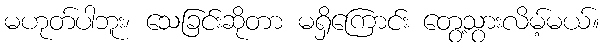
မဟုတ်ပါဘူး၊ သေခြင်းဆိုတာ မရှိကြောင်း တွေ့သွားလိမ့်မယ်။